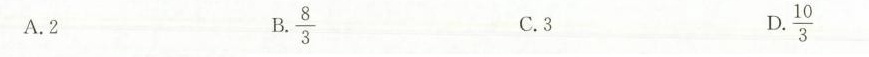
A.2 B.\frac{8}{3} C.3 D. \frac{10}{3}